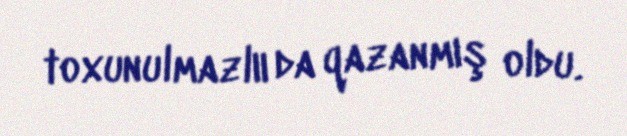
toxunulmazlıı da qazanmış oldu.